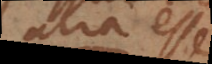
alia esse